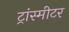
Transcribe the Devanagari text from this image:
ट्रांस्मीटर